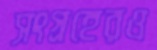
সংগ্রহেরও